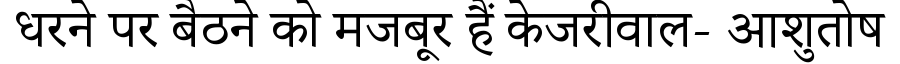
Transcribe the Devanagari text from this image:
धरने पर बैठने को मजबूर हैं केजरीवाल- आशुतोष